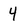
Character: 4